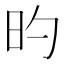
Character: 旳